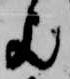
歟